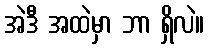
အဲဒီ အထဲမှာ ဘာ ရှိလဲ။